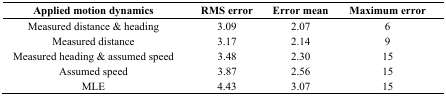
<table><thead><tr><td><b>Applied motion dynamics</b></td><td><b>RMS error</b></td><td><b>Error mean</b></td><td><b>Maximum error</b></td></tr></thead><tbody><tr><td>Measured distance &amp; heading</td><td>3.09</td><td>2.07</td><td>6</td></tr><tr><td>Measured distance</td><td>3.17</td><td>2.14</td><td>9</td></tr><tr><td>Measured heading &amp; assumed speed</td><td>3.48</td><td>2.30</td><td>15</td></tr><tr><td>Assumed speed</td><td>3.87</td><td>2.56</td><td>15</td></tr><tr><td>MLE</td><td>4.43</td><td>3.07</td><td>15</td></tr></tbody></table>